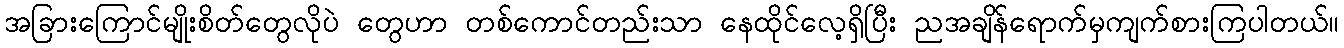
အခြားကြောင်မျိုးစိတ်တွေလိုပဲ တွေဟာ တစ်ကောင်တည်းသာ နေထိုင်လေ့ရှိပြီး ညအချိန်ရောက်မှကျက်စားကြပါတယ်။